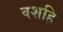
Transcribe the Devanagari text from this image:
वशहि